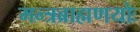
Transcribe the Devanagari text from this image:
मन्त्रब्राह्मणयोः